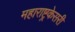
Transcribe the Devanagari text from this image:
महाराष्ट्रकेसरी